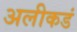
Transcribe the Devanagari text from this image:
अलीकडं